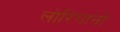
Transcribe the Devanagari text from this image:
लोरिगानो